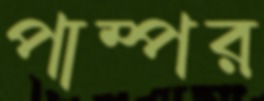
পাম্পর